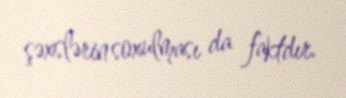
şəxslərin soxulması da faktdır.